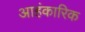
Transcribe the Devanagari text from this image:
आहंकारिक